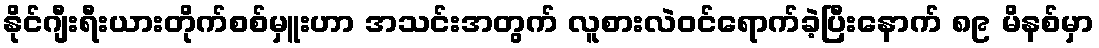
နိုင်ဂျီးရီးယားတိုက်စစ်မှူးဟာ အသင်းအတွက် လူစားလဲဝင်ရောက်ခဲ့ပြီးနောက် ၈၉ မိနစ်မှာ